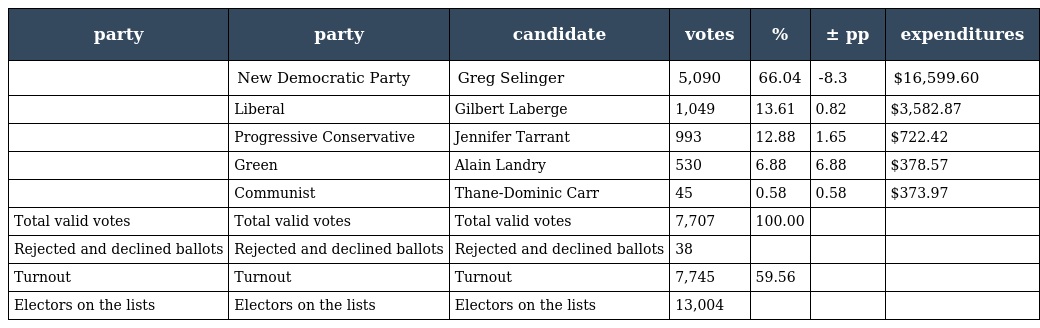
| party | party | candidate | votes | % | ± pp | expenditures |
 | --- | --- | --- | --- | --- | --- | --- |
 |  | New Democratic Party | Greg Selinger | 5,090 | 66.04 | -8.3 | $16,599.60 |
 |  | Liberal | Gilbert Laberge | 1,049 | 13.61 | 0.82 | $3,582.87 |
 |  | Progressive Conservative | Jennifer Tarrant | 993 | 12.88 | 1.65 | $722.42 |
 |  | Green | Alain Landry | 530 | 6.88 | 6.88 | $378.57 |
 |  | Communist | Thane-Dominic Carr | 45 | 0.58 | 0.58 | $373.97 |
 | Total valid votes | Total valid votes | Total valid votes | 7,707 | 100.00 |  |  |
 | Rejected and declined ballots | Rejected and declined ballots | Rejected and declined ballots | 38 |  |  |  |
 | Turnout | Turnout | Turnout | 7,745 | 59.56 |  |  |
 | Electors on the lists | Electors on the lists | Electors on the lists | 13,004 |  |  |  |